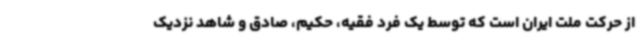
از حرکت ملت ایران است که توسط یک فرد فقیه، حکیم، صادق و شاهد نزدیک